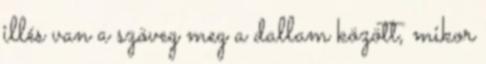
illés van a szöveg meg a dallam között, mikor